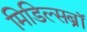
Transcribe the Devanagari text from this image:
मिडिल्सब्रॉ